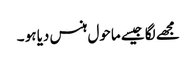
مجھے لگا جیسے ماحول ہنس دیا ہو ۔